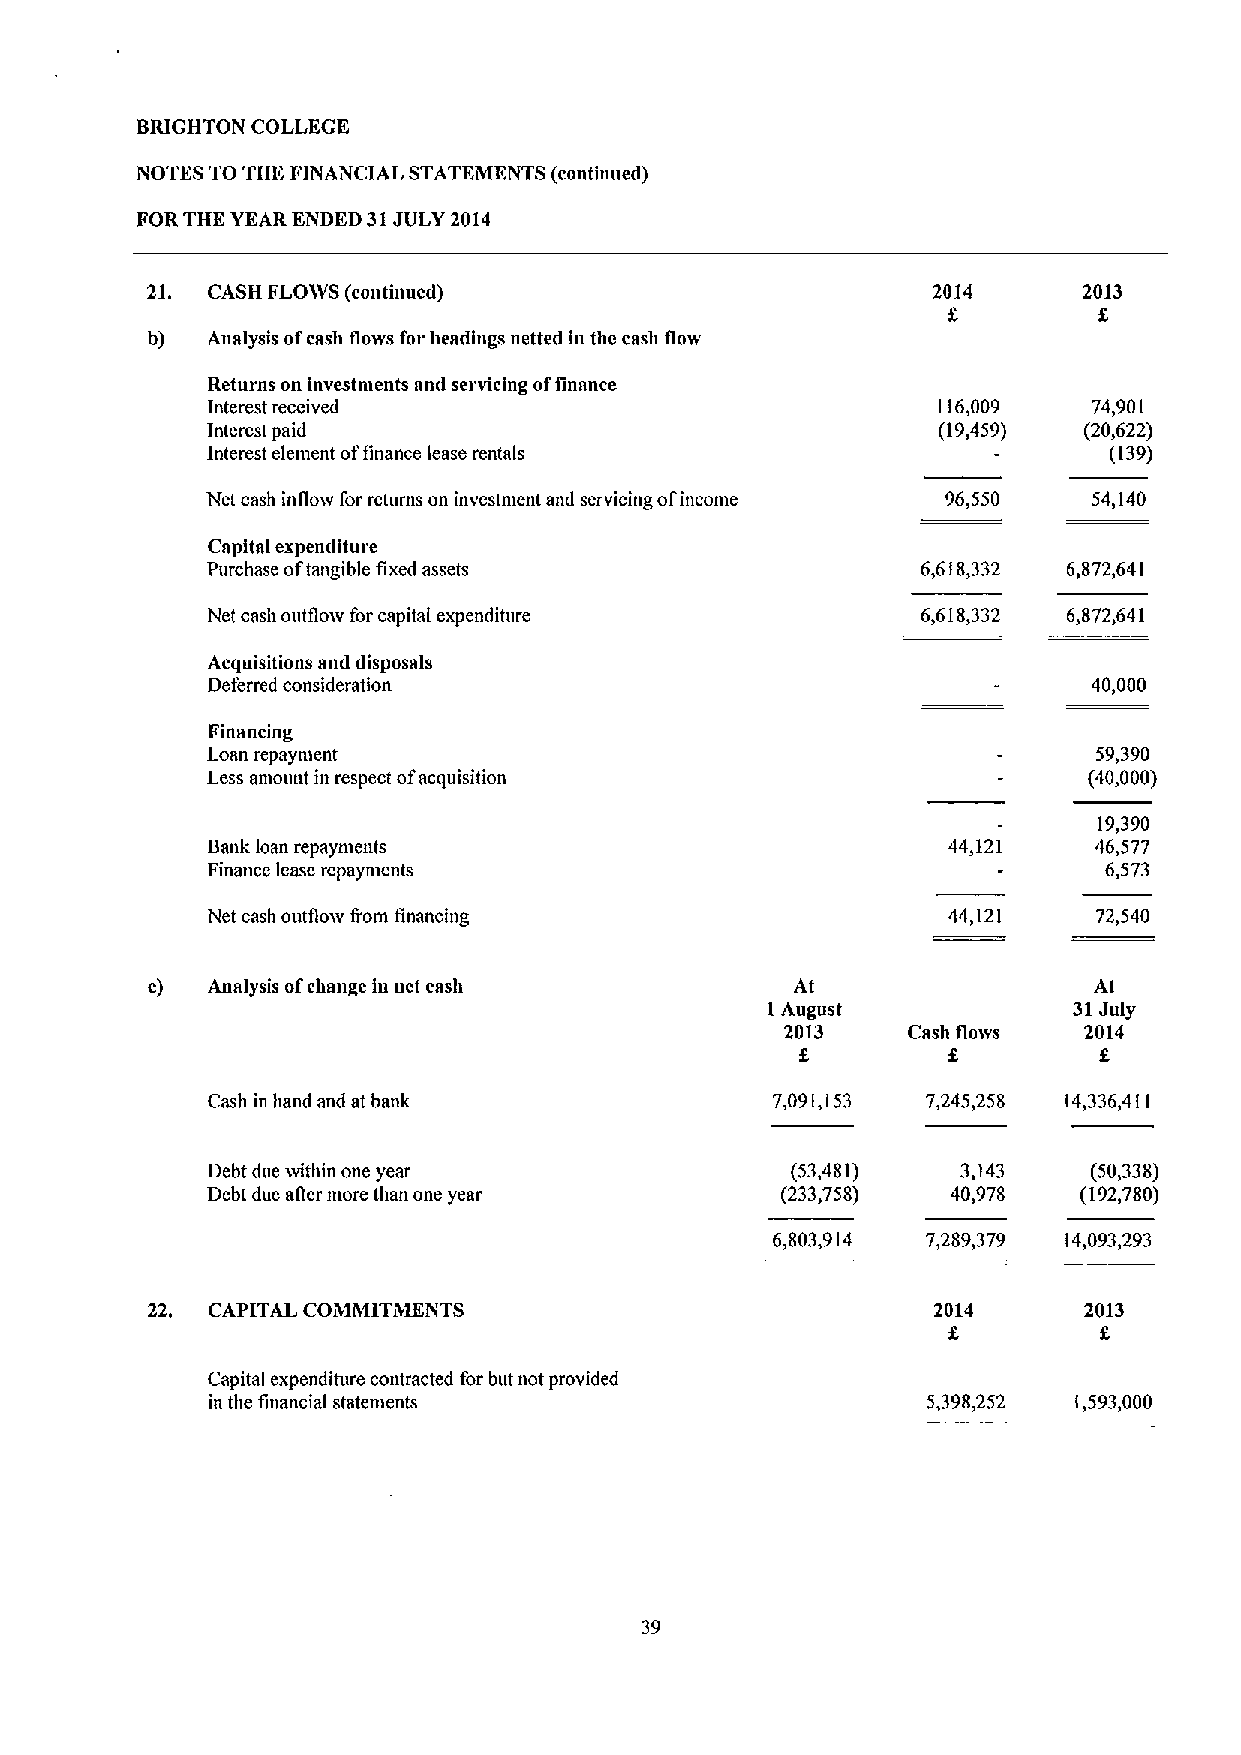
BRIGHTON COLLEGE
 NOTES TO THE FINANCIAL STATEMENTS (continued)
 FORTHE YEAR ENDED 31JULY 2014
 21. CASH FLOIVS (continued)                         2014      2013
 8
 h)  Analysis ofcash flows for headings netted in thc cash flow
 Returns on investments aml servicing offinance
 Interest received                               116,009   74,901
 Interest paid                                   (19,459)  (20,622)
 Interest element offinance lease rentals                   (139)
 Net cash inflow for returns on investment and servicing ofincome 96,550 54,140
 Capital expemliture
 Purchase oftangible fixed assets               6,618,332 6,872,641
 Net cash outflow for capital expenditure       6,618,332 6,872,641
 Acquisitions and disposals
 Deferred consideration                                    40,000
 Financing
 Loan repaynient                                           59,390
 Less amount in respect ofacquisition                      (40,000)
 19,390
 Bank loan repayments                             44,121   46,577
 Finance lease repayments                                   6,573
 Net cash outflosv from financing                 44,121   72,540
 c)  Analysis ofchange in net cash          At                 At
 I August            31July
 2013    Cash iloivs 2014
 f
 8
 Cash in hand and at bank             7,091,153 7,245,258 14,336,411
 Debt due within one year              (53,481)    3,143   (50,338)
 Debt due afler more than one year     (233,758)  40,978   (192,780)
 6,803,914 7,289,379 14,093,293
 22. CAPITAL COMMITMENTS                             2014      2013
 f         f
 Capital expenditure contracted for but not provided
 in the financial statements                    5,398,252 1,593,000
 39